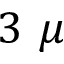
3 ~ \mu